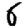
Digit: 6